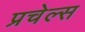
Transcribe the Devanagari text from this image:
प्रचेल्स